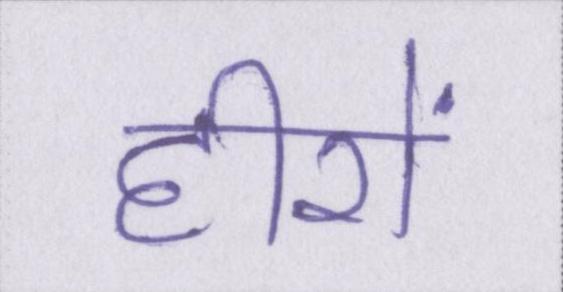
हीरों